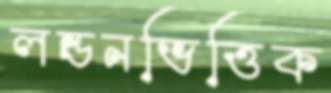
লন্ডনভিত্তিক